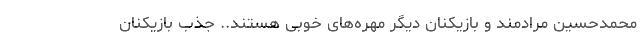
محمدحسین مرادمند و بازیکنان دیگر مهره‌های خوبی هستند.. جذب بازیکنان